Lunatic asylums United Prov. 1922-30 - 1922-1930
Year: 1922
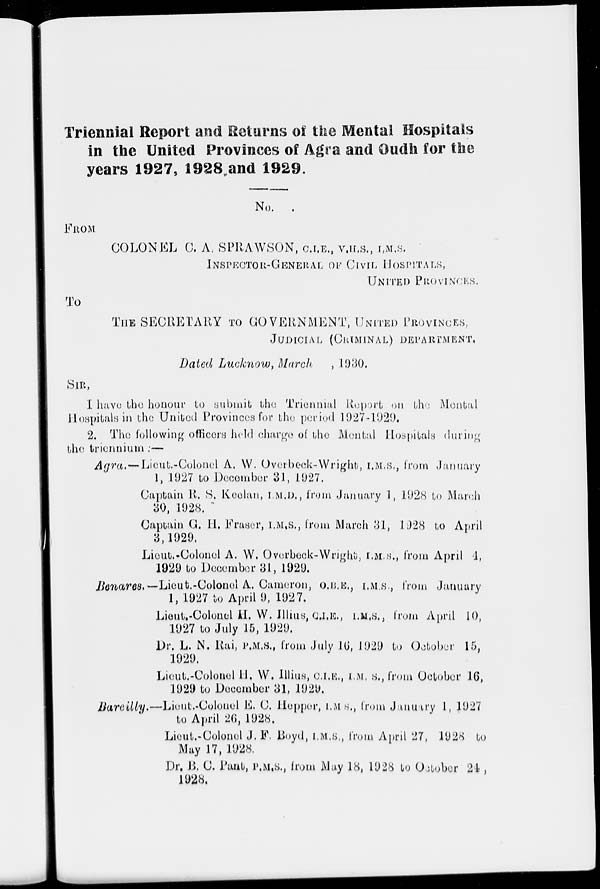
Triennial Report and Returns of the Mental Hospitals
in the United Provinces of Agra and Oudh for the
years 1927, 1928 and 1929.
No.
FROM
COLONEL C. A. SPRAWSON, C.I.E., V.H.S., I,M.S.
INSPECTOR-GENERAL OF CIVIL HOSPITALS,
UNITED PROVlNCES.
TO
THE SECRETARY TO GOVERNMENT, UNITED PROVINCES,
JUDICIAL (CRIMINAL) DEPARTMENT.
Dated Lucknow March. , 1930.
SIR,
I have the honour to submit the Triennial Report on the Mental
Hospitals in the United Provinces for the period 1927-1929.
2. The following officers held charge of the Mental Hospitals during
the triennium :—
Agra.— Lieut.-Colonel A. W. Overbeck-Wright, I.M.S., from January
1, 1927 to December 31, 1927.
Captain R. S, Keelan, I.M.D., from January 1, 1928 to March
30, 1928.
Captain G. H. Fraser, I.M.S., from March 31, 1928 to April
3,1929,
Lieut.-Colonel A. W. Overbeck-Wright, I.M.S., from April 4,
1929 to December 31, 1929.
Benares. Lieut.-Colonel A. Cameron, O.B.E., I.M.S., from January
1, 1927 to April 9, 1927.
Lieut.-Colonel 11. W. illius, C.I.E., I.M.S., from April 10,
1927 to July 15, 1929.
Dr. L. N. Rai, P.M.S., from July 16,1929 to October 15,
1929.
Lieut.-Colonel 11, W. illius, C.I.E., I.M.S., from October 16,
1929 to December 31, 1929.
Bareilly. Lieut.-Colonel E. C. Hepper, I.M.S., from January 1, 1927
to April 26, 1928.
Lieut.-Colonel J. F. Boyd, I.M.S., from April 27, 1928 to
May 17, 1928.
Dr. B. C. Pant, P.M.S., from May 18, 1928 to October 24,
1928.